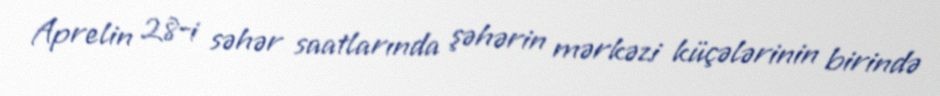
Aprelin 28-i səhər saatlarında şəhərin mərkəzi küçələrinin birində